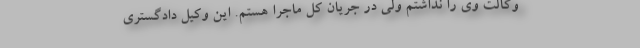
وکالت وی را نداشتم ولی در جریان کل ماجرا هستم. این وکیل دادگستری